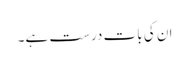
ان کی بات درست ہے۔